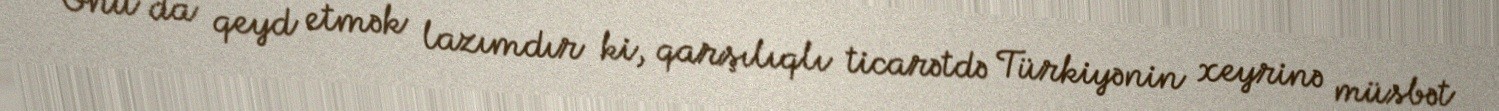
Onu da qeyd etmək lazımdır ki, qarşılıqlı ticarətdə Türkiyənin xeyrinə müsbət